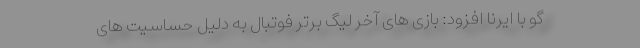
گو با ایرنا افزود: بازی های آخر لیگ برتر فوتبال به دلیل حساسیت های